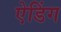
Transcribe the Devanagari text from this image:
ऐडिंग